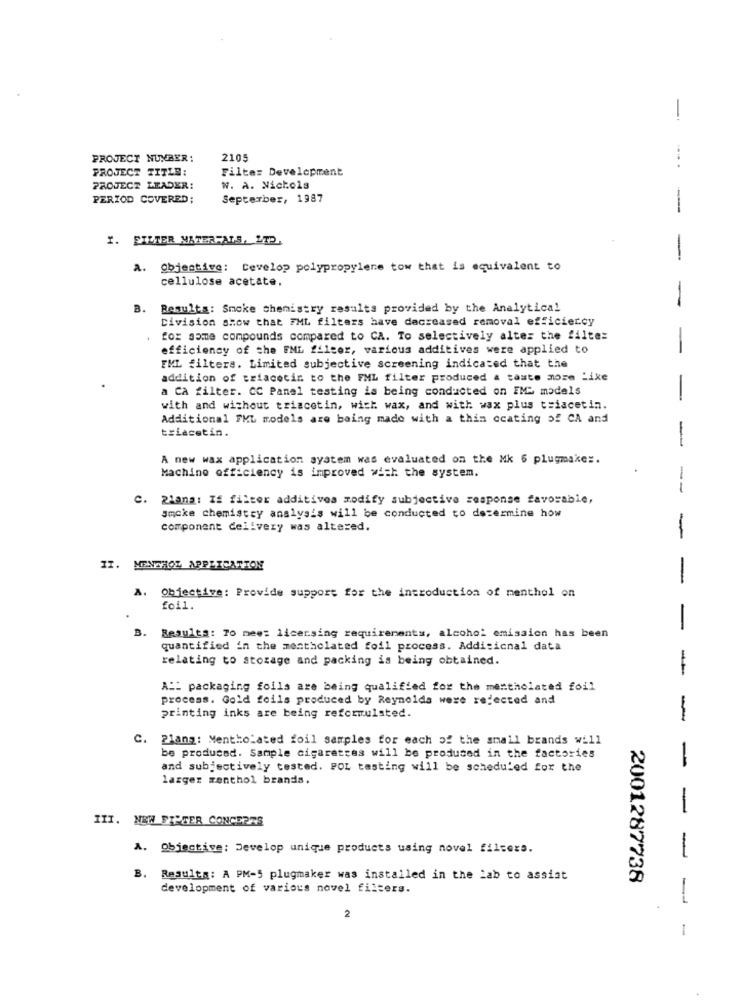
-
PROJECT NUMBER :
2105
PROJECT TITLE:
Filter Development
PROJECT LEADER:
W. A. Nichols
PERIOD COVERED;
September, 1987
-
I. FILTER MATERFALS, LTD,
-
a. Objective: Develop polypropylene tow that is equivalent to
cellulose acetate.
B.
Results: Smoke chemistry results provided by the Analytical
-
Division show that FML filters have decreased removal efficiency
for some compounds compared to CA. To selectively alter the filter
efficiency of the EML filter, various additives were applied to
-
FML filters. Limited subjective screening indicated that the
addition of triacetin to the FML filter produced a taste more Like
a CA filter. CC Panel testing is being conducted on IMG models
-
with and without triacetin, wick wax, and with wax plus t=iacetin.
Additional FML models are being made with a thin ocating of CA and
triacetin.
-
A new wax application system was evaluated on the Mk 6 plugmake :.
Machine efficiency is improved wick the system.
--
c.
21ans: If filter additives modify subjective response favorable,
Smoke chemistry analysis will be conducted to determine how
component delivery was altered.
-
II. MENTHOL APPLICATION
-
A.
Objective: Provide support for the introduction of menthol on
foil.
B. Results: To mee: licensing requirements, alcohol emission has been
-
quantified in the mentholated foil process. Additional data
relating to storage and packing is being obtained.
-
A :: packaging foils are being qualified for the mentholated foil
process. Gold foils produced by Reynolds were rejected and
printing inks are being reformulsted.
-
C.
2lang: Mentholated foil samples for each of the small brands will
be produced. Sample cigarettes will be produced in the factories
and subjectively tested. POL testing will be scheduled for the
-
larger menthol brands.
-
III. NEW SIMMER CONCERTS
A. Objective: Develop unique products using novel filters.
-
B. Results: A PM-5 plugmaker was installed in the lab to assist
2001287738
development of various novel filters.
2
1